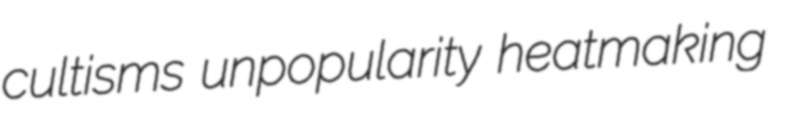
cultisms unpopularity heatmaking